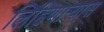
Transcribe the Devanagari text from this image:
लिहिणाऱ्यास